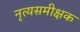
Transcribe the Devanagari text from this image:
नृत्यसमीक्षक